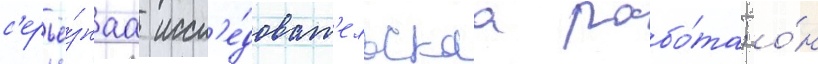
с'ерьё́знаа иссл'е́доват'ельскаа рабо́та; о́н